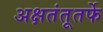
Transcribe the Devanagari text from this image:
अक्षतंतूतर्फे